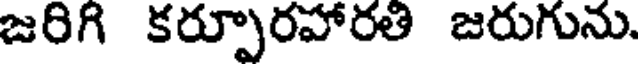
జరిగి కర్పూరహారతి జరుగును.